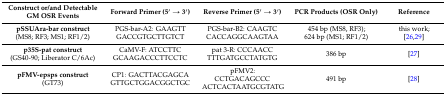
<table><thead><tr><td><b>Construct or/and Detectable GM OSR Events</b></td><td><b>Forward Primer (5′ → 3′)</b></td><td><b>Reverse Primer (5′ → 3′)</b></td><td><b>PCR Products (OSR Only)</b></td><td><b>Reference</b></td></tr></thead><tbody><tr><td><b>pSSUAra-bar construct</b>(MS8; RF3; MS1; RF1/2)</td><td>PGS-bar-A2: GAAGTTGACCGTGCTTGTCT</td><td>PGS-bar-B2: CAAGTCCACCAGGCAAGTAA</td><td>454 bp (MS8, RF3); 624 bp (MS1; RF1/2)</td><td>this work; [26,29]</td></tr><tr><td><b>p35S-pat construct</b>(GS40-90; Liberator C/6Ac)</td><td>CaMV-F: ATCCTTCGCAAGACCCTTCCTC</td><td>pat 3-R: CCCAACCTTTGATGCCTATGTG</td><td>386 bp</td><td>[27]</td></tr><tr><td><b>pFMV-epsps construct</b>(GT73)</td><td>CP1: GACTTACGAGCAGTTGCTGGACGGCTGC</td><td>pFMV2: CCTGACAGCCCACTCACTAATGCGTATG</td><td>491 bp</td><td>[28]</td></tr></tbody></table>